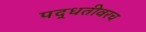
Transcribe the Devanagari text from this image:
पद्धतीवरच